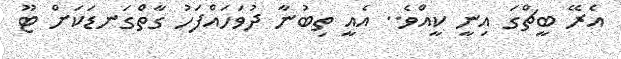
އެރޭ ބީޗްގަ އިނީ ކީއްވެ.. އެއީ ތިބުނާ ދުވަހައްފަހު ގާތްގަނޑަކަށް ޓޫ